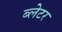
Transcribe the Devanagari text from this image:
ब्लेटर